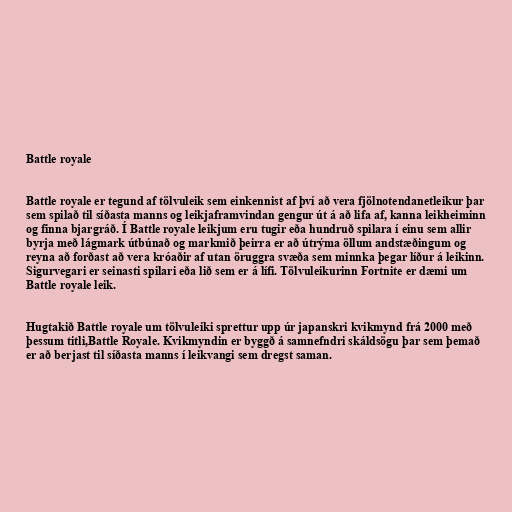
Battle royale

Battle royale er tegund af tölvuleik sem einkennist af því að vera fjölnotendanetleikur þar
sem spilað til síðasta manns og leikjaframvindan gengur út á að lifa af, kanna leikheiminn
og finna bjargráð. Í Battle royale leikjum eru tugir eða hundruð spilara í einu sem allir
byrja með lágmark útbúnað og markmið þeirra er að útrýma öllum andstæðingum og
reyna að forðast að vera króaðir af utan öruggra svæða sem minnka þegar líður á leikinn.
Sigurvegari er seinasti spilari eða lið sem er á lífi. Tölvuleikurinn Fortnite er dæmi um
Battle royale leik.

Hugtakið Battle royale um tölvuleiki sprettur upp úr japanskri kvikmynd frá 2000 með
þessum titli,Battle Royale. Kvikmyndin er byggð á samnefndri skáldsögu þar sem þemað
er að berjast til síðasta manns í leikvangi sem dregst saman.